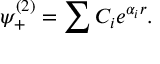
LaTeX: \psi _ { + } ^ { ( 2 ) } = \sum C _ { i } e ^ { \alpha _ { i } r } .